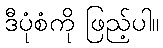
ဒီပုံစံကို ဖြည့်ပါ။